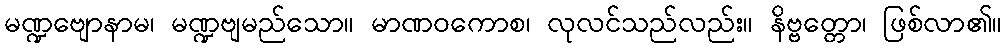
မဏ္ဍဗျောနာမ၊ မဏ္ဍဗျမည်သော။ မာဏဝကောစ၊ လုလင်သည်လည်း။ နိဗ္ဗတ္တော၊ ဖြစ်လာ၏။